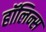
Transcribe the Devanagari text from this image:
हॉलिन्स